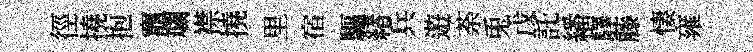
徑撓抱竈斕襟撓里宿驅緖兵遊荼兎戊託繙驛藤悽雍